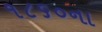
૧૮૬૦ના